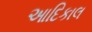
આદિકાલ